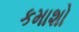
કમાશો